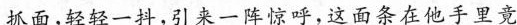
抓面，轻轻一抖，引来一阵惊呼，这面条在他手里竟